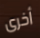
أخرى